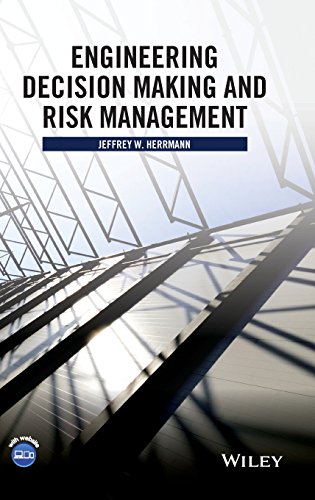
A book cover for Engineering Decision Making and Risk Management; Jeffrey W. Herrmann; Business & Money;